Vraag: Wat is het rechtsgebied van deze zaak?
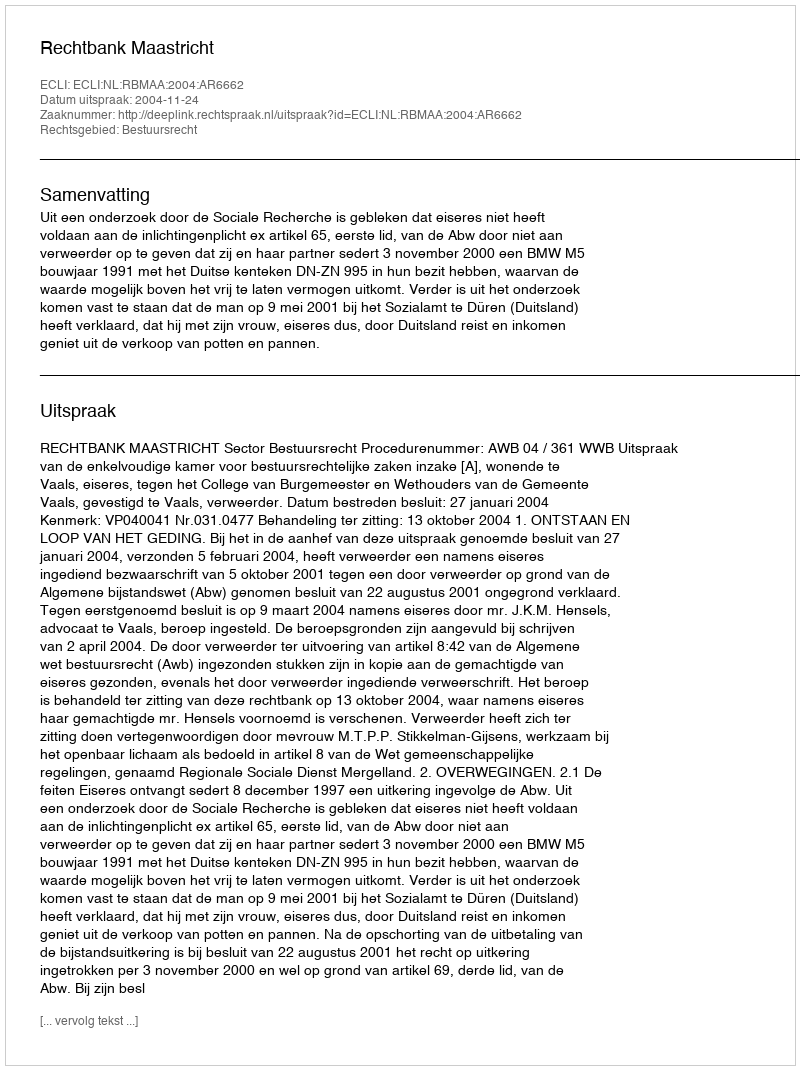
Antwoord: Bestuursrecht